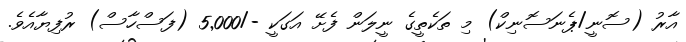
އާރު (ސޮނީ/ޕެނަސޮނިކް) މި ތަކެތީގެ ނީލަން ފެށޭ އަގަކީ -/5